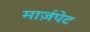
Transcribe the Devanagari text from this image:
मार्ज़पेट